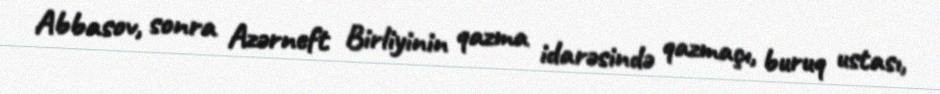
Abbasov, sonra Azərneft Birliyinin qazma idarəsində qazmaçı, buruq ustası,